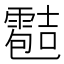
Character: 𲊄